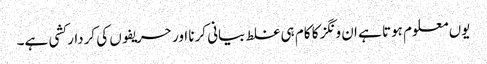
یوں معلوم ہوتا ہے ان ونگز کا کام ہی غلط بیانی کرنا اور حریفوں کی کردار کشی ہے۔